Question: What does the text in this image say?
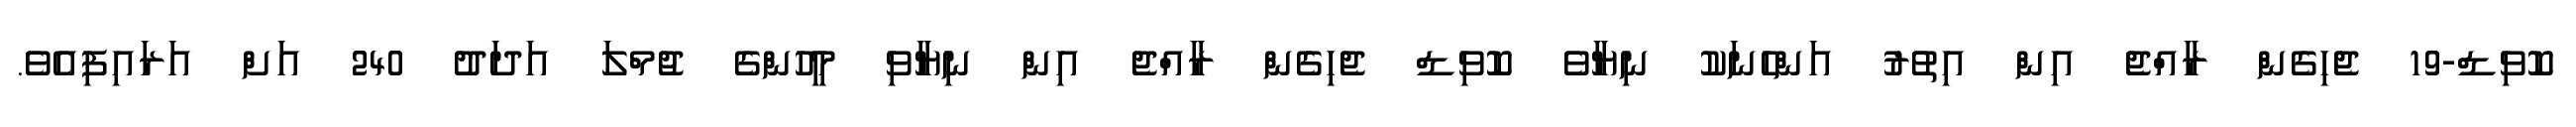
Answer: ކޮވިޑް-19 ޖެހިގެން ރާއްޖެ އިން އިތުރު އަންހެނަކު ނިޔާވެ ކޮވިޑް ޖެހިގެން ރާއްޖެ އިން ނިޔާވި މީހުންގެ ޖުމްލަ އަދަދު 240 އަށް އަރައިފިއެވެ.